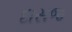
દાસજ